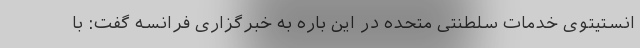
انستیتوی خدمات سلطنتی متحده در این باره به خبرگزاری فرانسه گفت: با